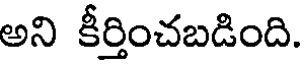
అని కీర్తించబడింది.